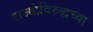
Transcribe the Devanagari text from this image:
राज्यांविरुद्धच्या